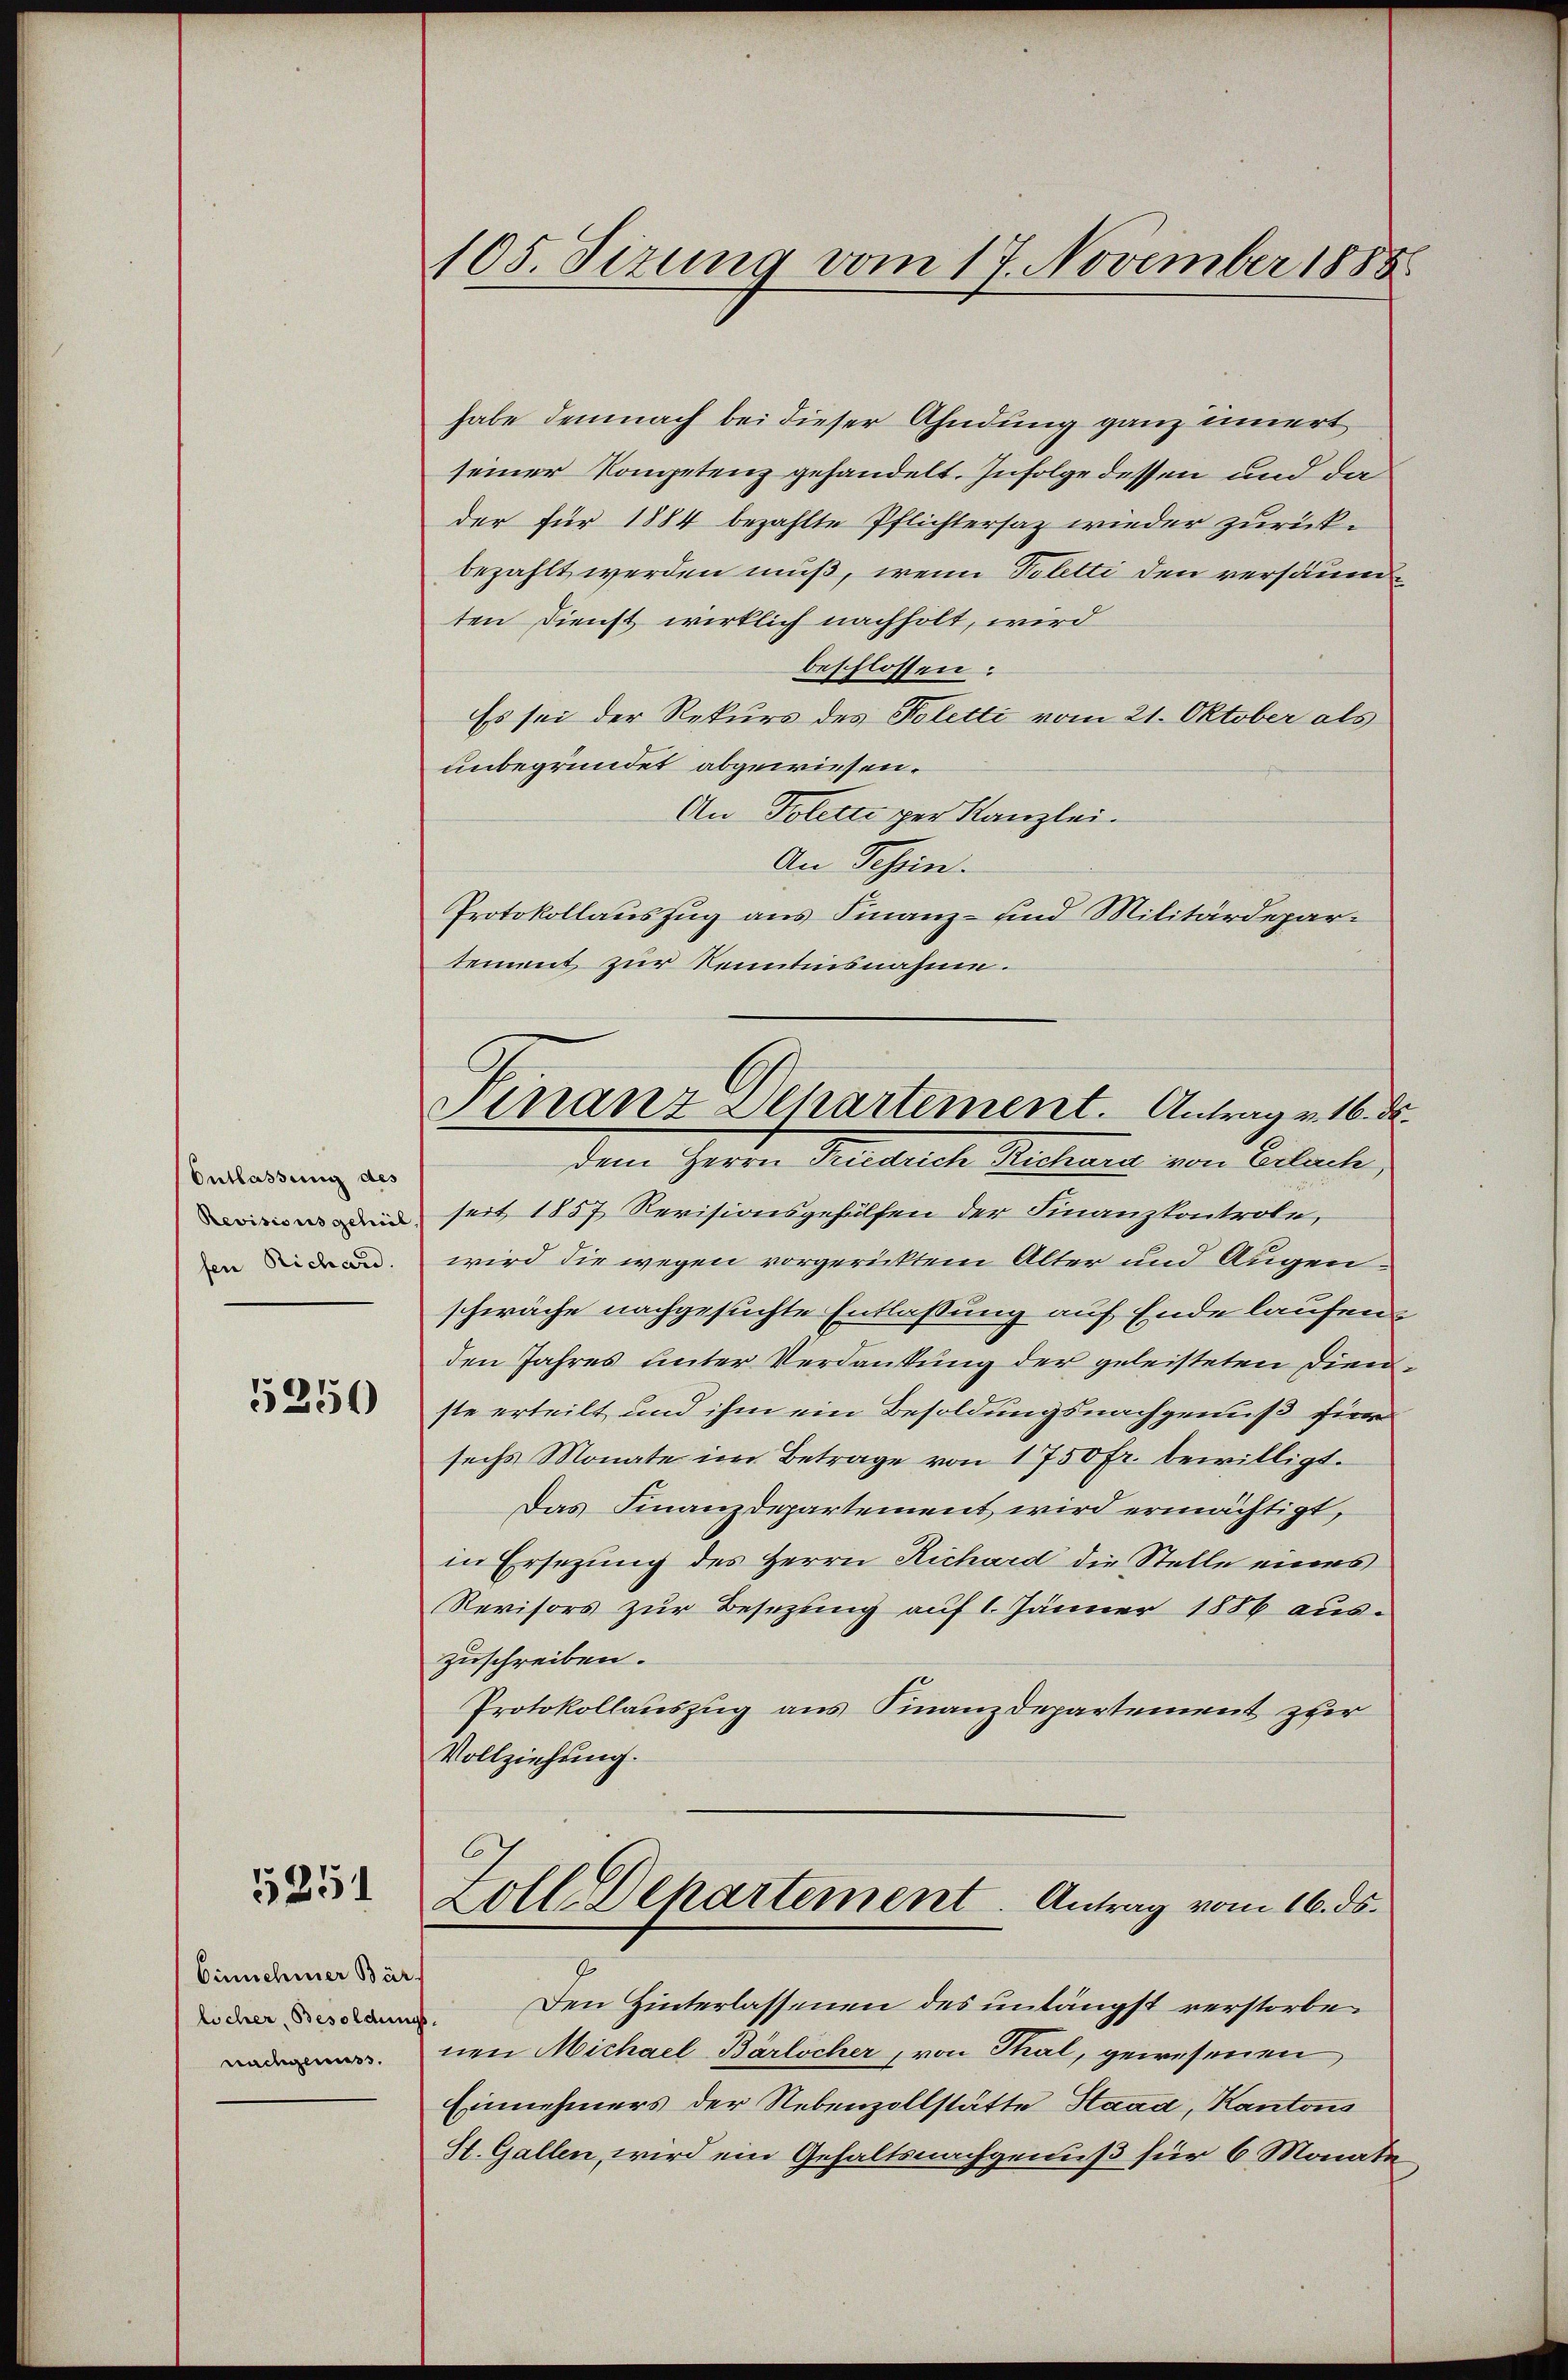
Entlassung des
Revisionsgeheil,
fen Richard.

5250

5251

Einnehmer Bär
nachgenuss.

105. Sizung vom 17. November 1888

Finanz Departement. Antrag v. 16. d.
dem Herrn Friedrich Richard von Erlach,

habe demnach bei dieser Ahndung ganz innert
seiner Kompetenz gehandelt. Infolge dessen und da
der für 1884 bezahlte Pflichtersaz wieder zurückbezahlt werden muß, wenn Poletti den versäumten Dienst wirklich nachholt, wird
beschlossen:
Es sei der Rekurs des Poletti vom 21. Oktober als
unbegründet abgewiesen.
An Toletti per Kanzlei.
An Schein.
Protokollauszug aus Finanz- und Militärdepartement zur Kenntnisnahme.
seit 1857 Revisionsgehülfen der Finanzkontrole,
wird die wegen vorgericktem Alter und Augenschwäche nachgesuchte Entlassung auf Ende laufen.
den Jahres unter Verdankung der geleisteten Dienste erteilt und ihm ein Besoldungsnachgenuß für
sechs Monate im Betrage von 1750 fr. bewilligt.
Das Finanzdepartement wird ermächtigt,
in Ersetzung des Herrn Richard die Stelle eines
Revisors zur Besezung auf 1. Jänner 1886 aus-
zuschreiben.
Protokollauszug aus Finanzdepartement zur
Vollziehung.
I
Zoll Dehartement. Antrag vom 16. ds.
7
 Den Hinterlassenen des unlängst verstorben
nen Michael Bärlicher von Thal, gewesenen
Einnehmers der Nebenzollstätte Haad, Kantons
St. Gallen, wird ein Gehaltsnachgenuß für 6 Monate